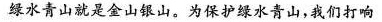
绿水青山就是金山银山。为保护绿水青山，我们打响